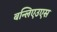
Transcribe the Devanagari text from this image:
बन्लिएउएस